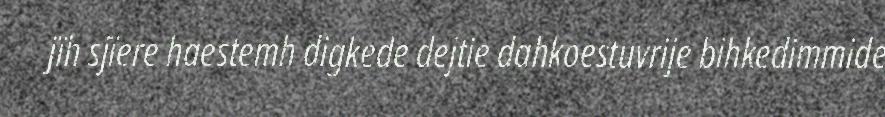
jïh sjïere haestemh digkede dejtie dahkoestuvrije bihkedimmide